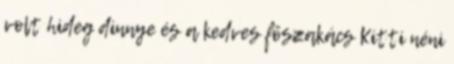
volt hideg dinnye és a kedves főszakács Kitti néni